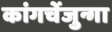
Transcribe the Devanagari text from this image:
कांगचेंजुन्गा